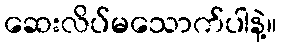
ဆေးလိပ်မသောက်ပါနဲ့။